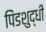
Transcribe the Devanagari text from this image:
पिंडशुद्धी